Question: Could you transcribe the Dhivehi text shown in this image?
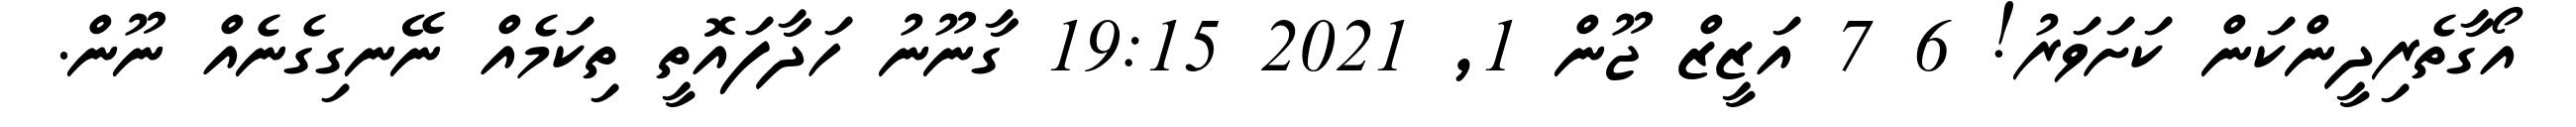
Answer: އޯގާތެރިދީންކަން ކަށަވަރު! 6 7 އަޒީޒް ޖޫން 1, 2021 19:15 ގާނޫނު ހަދާފައޮތީ ތިކަމެއް ނޭނގިގެނެއް ނޫން.